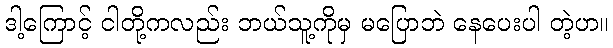
ဒါ့ကြောင့် ငါတို့ကလည်း ဘယ်သူ့ကိုမှ မပြောဘဲ နေပေးပါ တဲ့ဟ။